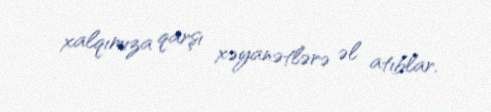
xalqımıza qarşı xəyanətlərə əl atıblar.